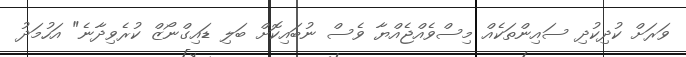
ވަރަށް ކުދިކުދި ސައިންތަކެއް މިސްވެއްޖެއްޔާ ވެސް ނުބައިކޮށް ބަލި ޑައިގްނޯޒް ކުރެވިދާނެ" އަހުމަދު